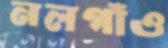
নলগাঁও